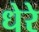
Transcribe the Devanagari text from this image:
धेरे